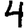
Digit: 4